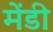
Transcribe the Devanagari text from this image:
मेंडी